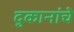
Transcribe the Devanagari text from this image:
दुकानांचे